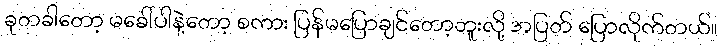
ခုတခါတော့ မခေါ်ပါနဲ့တော့ စကား ပြန်မပြောချင်တော့ဘူးလို့ အပြတ် ပြောလိုက်တယ်။